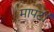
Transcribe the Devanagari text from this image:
मापटी